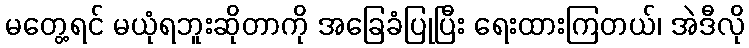
မတွေ့ရင် မယုံရဘူးဆိုတာကို အခြေခံပြုပြီး ရေးထားကြတယ်၊ အဲဒီလို